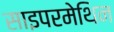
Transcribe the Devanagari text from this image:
साइपरमेथिन